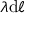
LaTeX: \lambda \mathrm { d } \ell